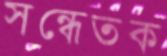
সন্ধেতক